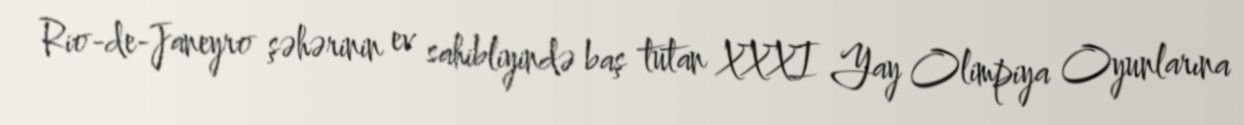
Rio-de-Janeyro şəhərinin ev sahibliyində baş tutan XXXI Yay Olimpiya Oyunlarına